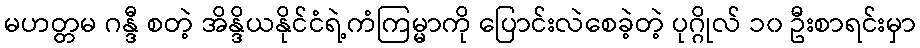
မဟတ္တမ ဂန္ဒီ စတဲ့ အိန္ဒိယနိုင်ငံရဲ့ကံကြမ္မာကို ပြောင်းလဲစေခဲ့တဲ့ ပုဂ္ဂိုလ် ၁၀ ဦးစာရင်းမှာ